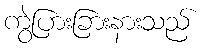
ကွဲပြားခြားနားသည်